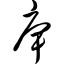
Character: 庳